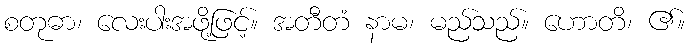
စတုဓာ၊ လေးပါးအဖို့ဖြင့်။ အတီတံ နာမ၊ မည်သည်။ ဟောတိ၊ ၏။